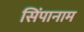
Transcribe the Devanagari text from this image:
सिंपानाम